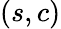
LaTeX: (s,c)